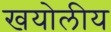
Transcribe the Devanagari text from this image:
खयोलीय